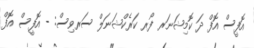
އޮފީސް އޮފް ދަ ކޮމިޝަނަރ ފޯރ ކަރެކްޝަނަލް ސަރވިސް: - އޮފީސް އޮފް